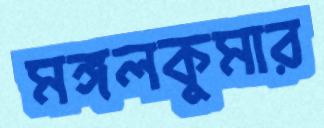
মঙ্গলকুমার